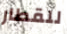
للقطار